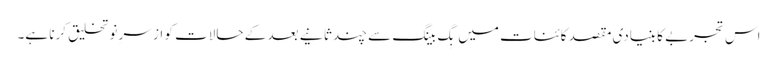
اس تجربے کا بنیادی مقصد کائنات میں بِگ بینگ سے چند ثانیے بعد کے حالات کو از سرِ نو تخلیق کرنا ہے۔